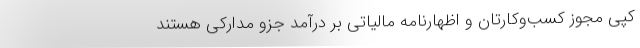
کپی مجوز کسب‌وکارتان و اظهارنامه مالیاتی بر درآمد جزو مدارکی هستند